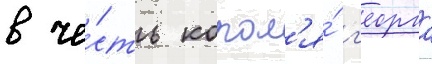
в че́сть корол'я́ г'еорга